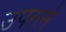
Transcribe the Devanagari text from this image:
उपरत्‍ने